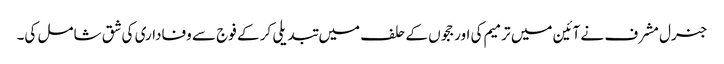
جنرل مشرف نے آئین میں ترمیم کی اور ججوں کے حلف میں تبدیلی کر کے فوج سے وفاداری کی شق شامل کی۔